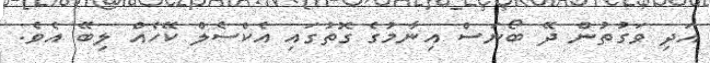
އަދިި ވަގުތުން ދޭ ބޯނަސް އިނާމުގެ ގޮތުގައި އެކްސެލް ކޭހެއް ލިބޭ އެވެ.